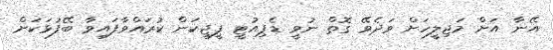
އޭނާ އަށް މަޖިލީހަށް ވަދެވޭ ގޮތް ނުވީ ޑެޕިއުޓީ ޕީޖީކަން ކުރައްވާފައިވާ ބޭފުޅަކަށް